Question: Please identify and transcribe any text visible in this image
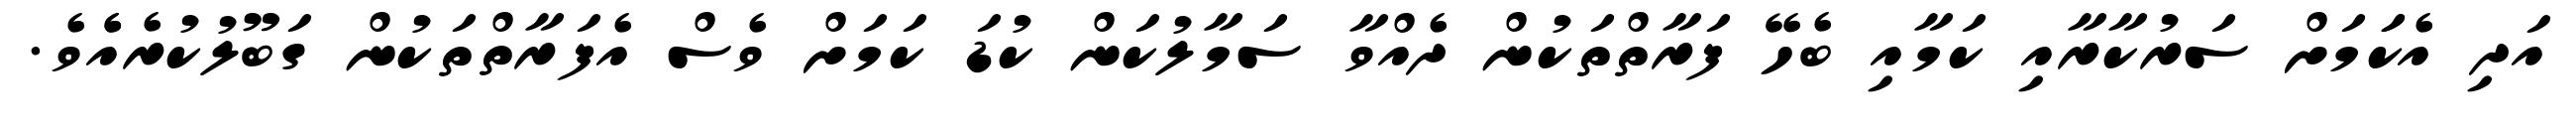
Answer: އަދި އެކަަމަށް ސަރުކާރާއި ކަމާއި ބެހޭ ފަރާތްތަކުން ދެއްވާ ސަމާލުކަން ކުޑަ ކަމަށް ވެސް އެފަރާތްތަކުން ގަބޫލުކުރެއެެވެ.